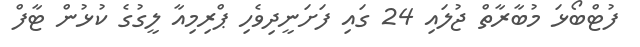
ފުޓްބޯޅަ މުބާރާތް ޖުލައި 24 ގައި ފަށަނީދިވެހި ޕްރިމިއާ ލީގުގެ ކުޅުން ޓާފް